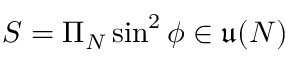
S = \Pi _ { N } \sin ^ { 2 } \phi \in \mathfrak { u } ( N )